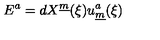
E ^ { a } = d X ^ { \underline { { m } } } ( \xi ) u _ { \underline { { m } } } ^ { a } ( \xi )